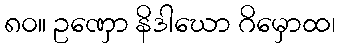
၈၀။ ဥဏှော နိဒါဃော ဂိမှောထ၊